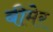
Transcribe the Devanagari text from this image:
बीमेर